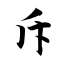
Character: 斥